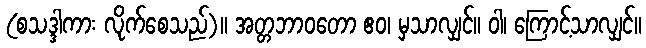
(စသဒ္ဒါကား လိုက်စေသည်)။ အတ္တဘာဝတော ဧဝ၊ မှသာလျှင်။ ဝါ၊ ကြောင့်သာလျှင်။